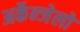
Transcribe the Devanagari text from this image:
अर्केन्जेलो